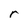
Character: r